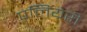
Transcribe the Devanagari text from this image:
पलियेरी